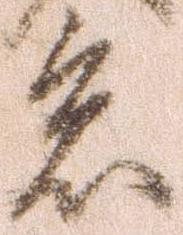
色